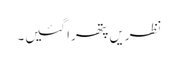
نظریں پتھرا گئیں۔